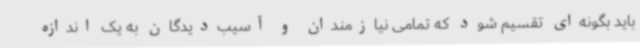
باید بگونه‌ای تقسیم شود که تمامی نیازمندان و آسیب‌دیدگان به یک اندازه